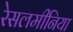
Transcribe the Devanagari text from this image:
रेसलमीनिया